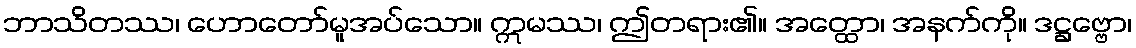
ဘာသိတဿ၊ ဟောတော်မူအပ်သော။ ဣမဿ၊ ဤတရား၏။ အတ္ထော၊ အနက်ကို။ ဒဋ္ဌဗ္ဗော၊